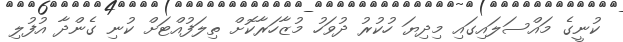
ކުނީގެ މައްސަލައިގައި މިދިޔަ ހުކުރު ދުވަހު މުޒާހަރާކޮށް ތިލަފުއްޓަށް ކުނި ގެންދާ އުފުލި